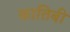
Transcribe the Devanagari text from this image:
कातिबी